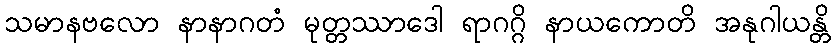
သမာနဗလော နာနာဂတံ မုတ္တဿာဒေါ ရာဂဂ္ဂိ နာယကောတိ အနုဂါယန္တိ